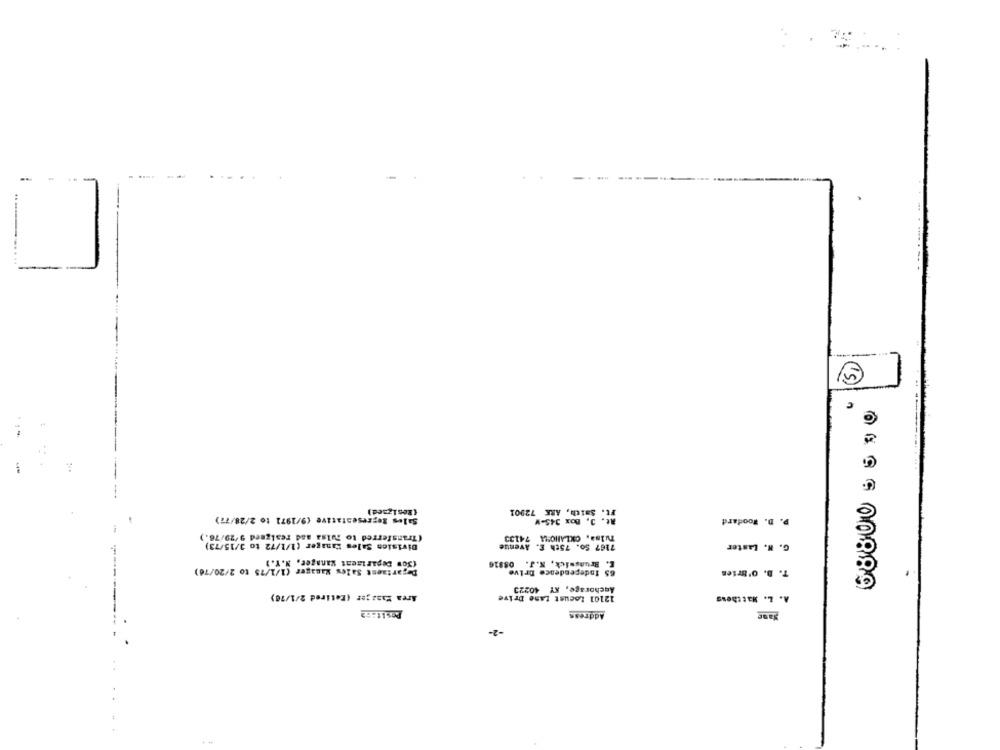
('S)
e
-4*
(Resigned)
#t. Saith, ARK 72901
Sales Representative (9/1971 to 2/28/77)
At. 3, Box 345-M
P. D. Woodard
(Transferred to pulsa ssd resigned 9/29/76.)
Tulsa, OKLAHO LA 74133
Division Sales Manager (1/1/72 to 3/15/73)
7167 So. 75th E. Avenue
G. N. Laster
(Som Department Manager, N.Y.)
E. Brunswick, N.J. 08816
Department Sales Manager (1/1/75 to 2/20/76)
65 Independence Drive
T. D. O'Bries
Anchorage, KY 40223
Area Yasager (Retired 2/1/70)
12101 Locust Lase Drive
A. L. Matthews
Address
Jane
-2-